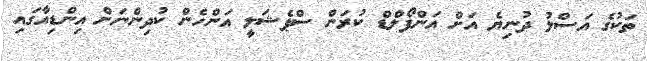
ތަކުގެ އަސްލު ދުނިޔެ އަށް އަންފޯލްޑް ކުރަން ސްޕެޝަލީ އަންހެން ކުދިންނަށް އިންޑިއާގައި